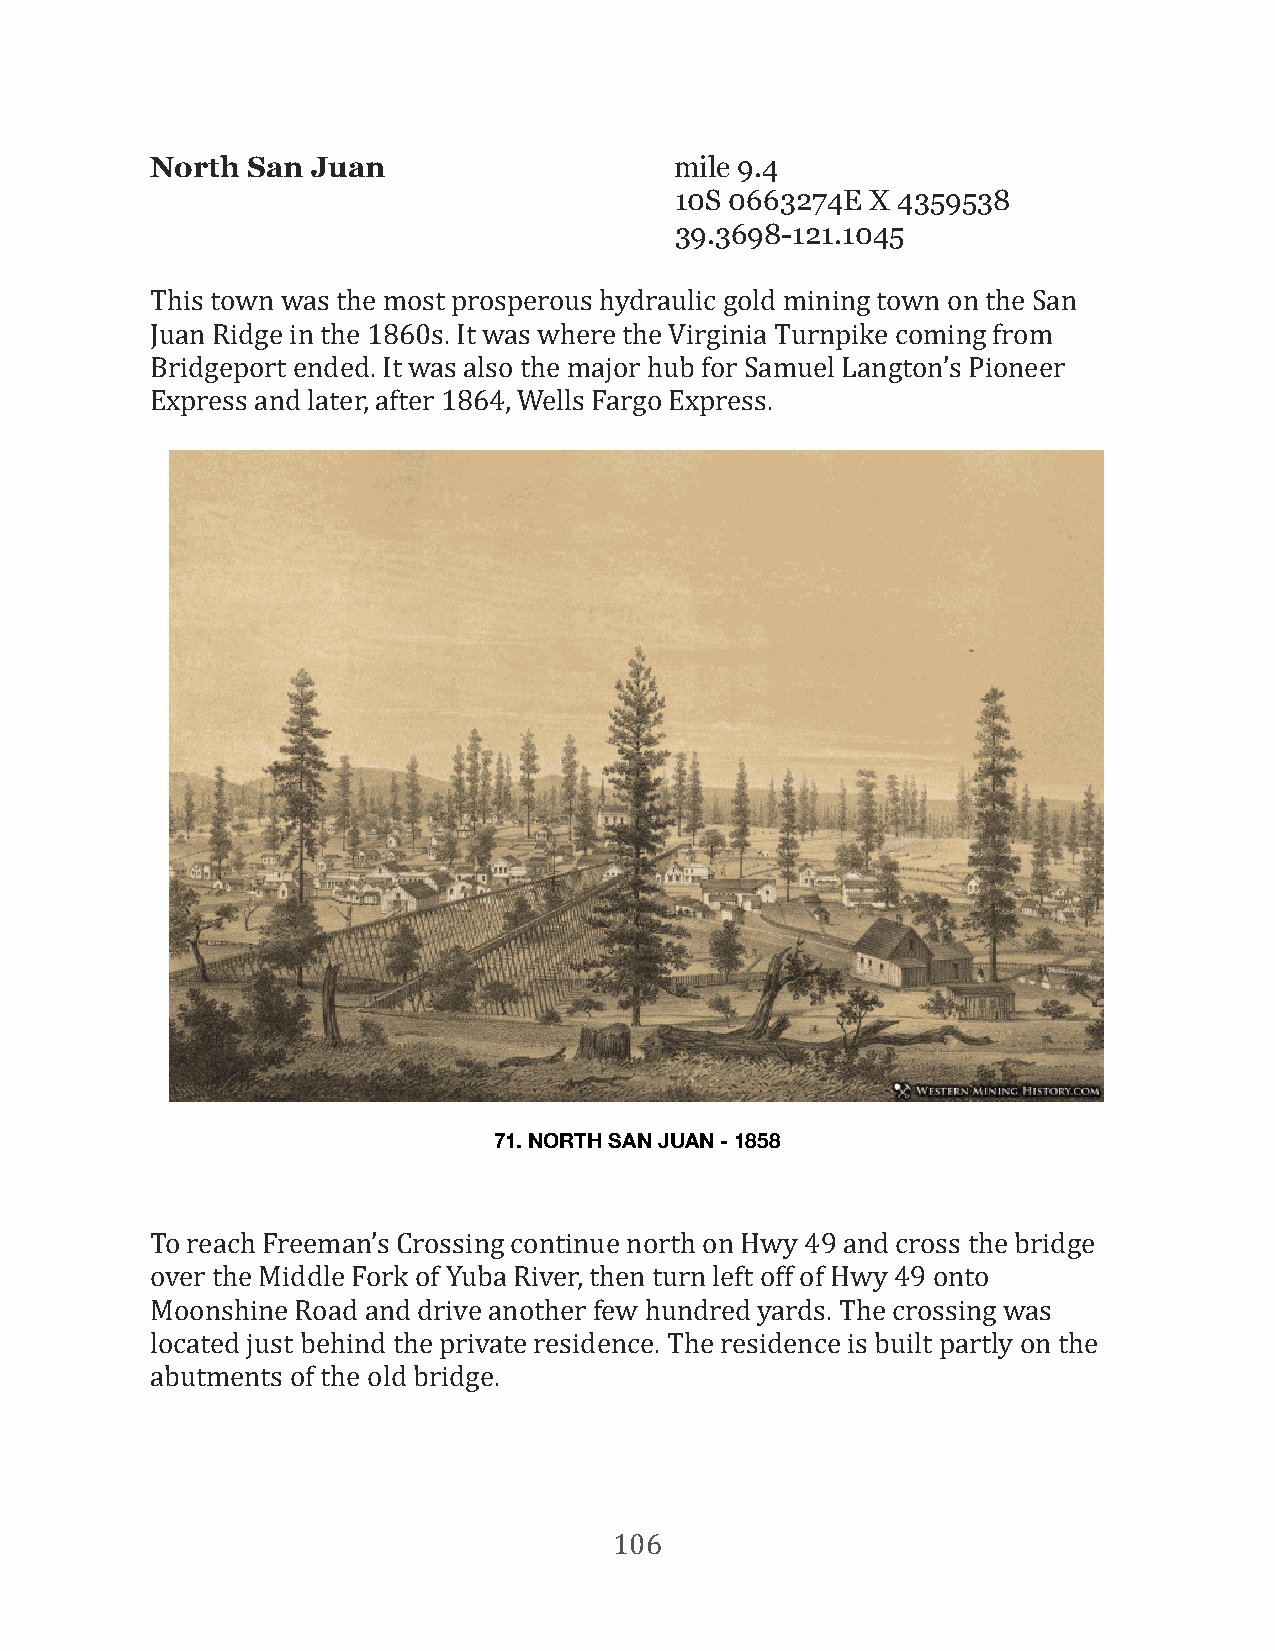
North San  Juan                    mile 9.4
 10S 0663274E X 4359538
 39.3698-121.1045
 This town was the most prosperous hydraulic gold mining town on the San
 Juan Ridge in the 1860s. It was where the Virginia Turnpike coming from
 Bridgeport ended. It was also the major hub for Samuel Langton’s Pioneer
 Express and later, after 1864, Wells Fargo Express.
 71. NORTH SAN JUAN - 1858
 To reach Freeman’s Crossing continue north on Hwy 49 and cross the bridge
 over the Middle Fork of Yuba River, then turn left off of Hwy 49 onto
 Moonshine Road and drive another few hundred yards. The crossing was
 located just behind the private residence. The residence is built partly on the
 abutments of the old bridge.
 106